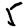
Digit: 5